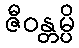
ဇီဝန္တမ္ပိ